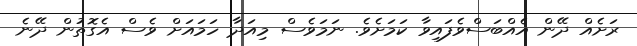
ރަށެއް ދޭން އެއްބަސްވެފައިވާ ކަމަށެވެ. ނަމަވެސް މިއަދާ ހަމައަށް ވެސް އެގޮތުން ދޭނެ